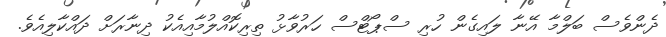
ދެންވެސް ބަލްމާ އޭނާ ލައިގެން ހުރި ސްޕޯޓްސް ހަރުވާޅު ތިރިކޮއްލުމާއިއެކު ދިނާރަށް ދައްކާލިއެވެ.